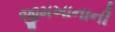
જીમખાનાની